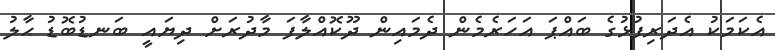
އެކަމަކު އެދަރިފުޅުގެ ބައްޕަ އަހަރެމެން ދެމައިން ދޫކޮއްލާފަ މާދުރަށް ދިޔައީ ބަނޑުބޮޑު ޙާލު